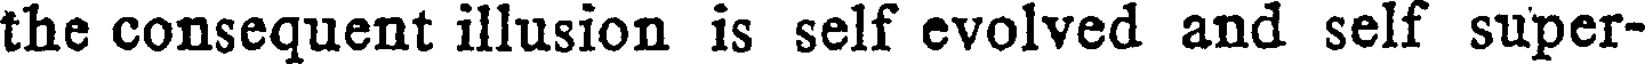
the consequent illusion is self evolved and self super-